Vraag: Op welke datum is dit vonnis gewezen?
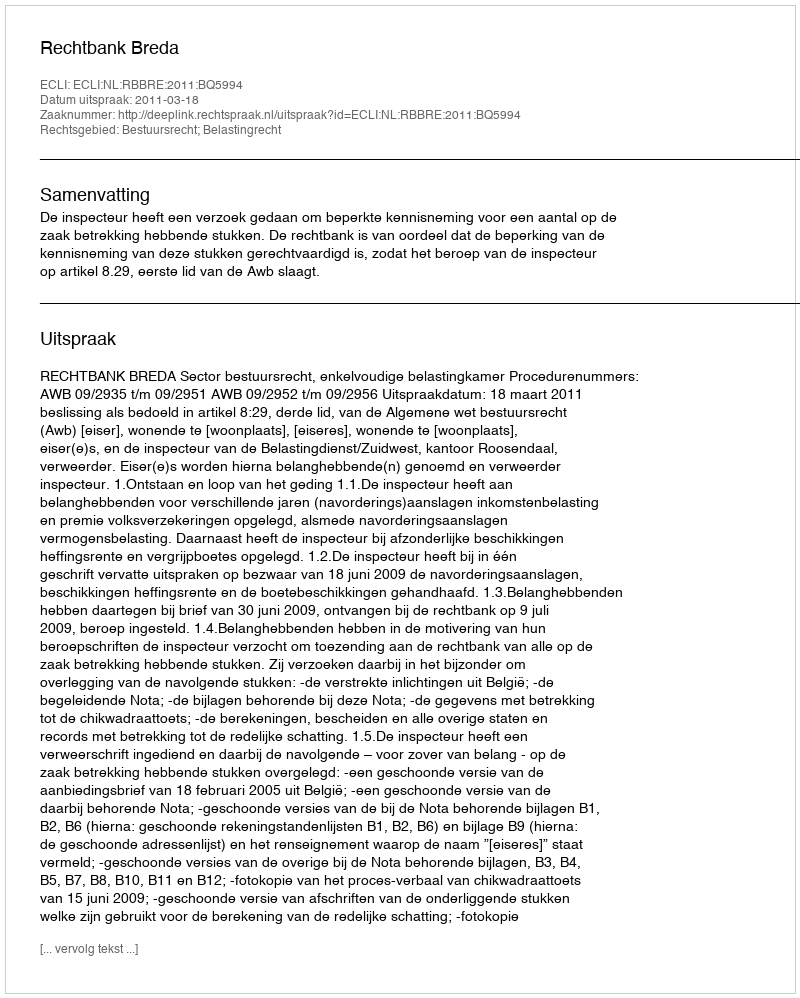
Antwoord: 2011-03-18